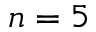
n = 5